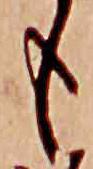
も